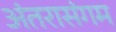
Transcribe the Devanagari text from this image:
अंतरासंगम